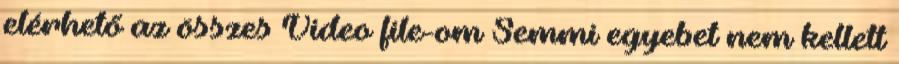
elérhető az összes Video file-om Semmi egyebet nem kellett